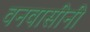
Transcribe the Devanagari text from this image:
वनवासीनी